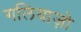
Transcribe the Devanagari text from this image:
गलियाज़ो